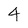
Character: 4